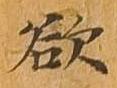
欲